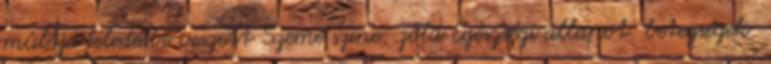
múltja feledésbe veszett Szeme színe: zöld Egészségi állapot betegségek: